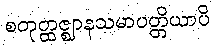
စတုတ္ထဇ္ဈာနသမာပတ္တိယာပိ